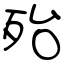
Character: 殆